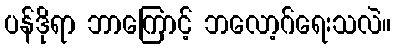
ပန်ဒိုရာ ဘာကြောင့် ဘလော့ဂ်ရေးသလဲ။